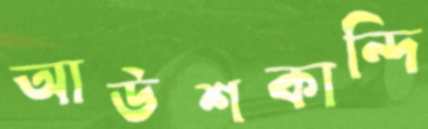
আউশকান্দি